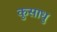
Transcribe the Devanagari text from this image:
कुसाधु